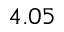
4 . 0 5